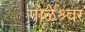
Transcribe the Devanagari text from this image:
गोळेश्र्वर